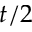
t / 2